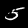
Digit: 5